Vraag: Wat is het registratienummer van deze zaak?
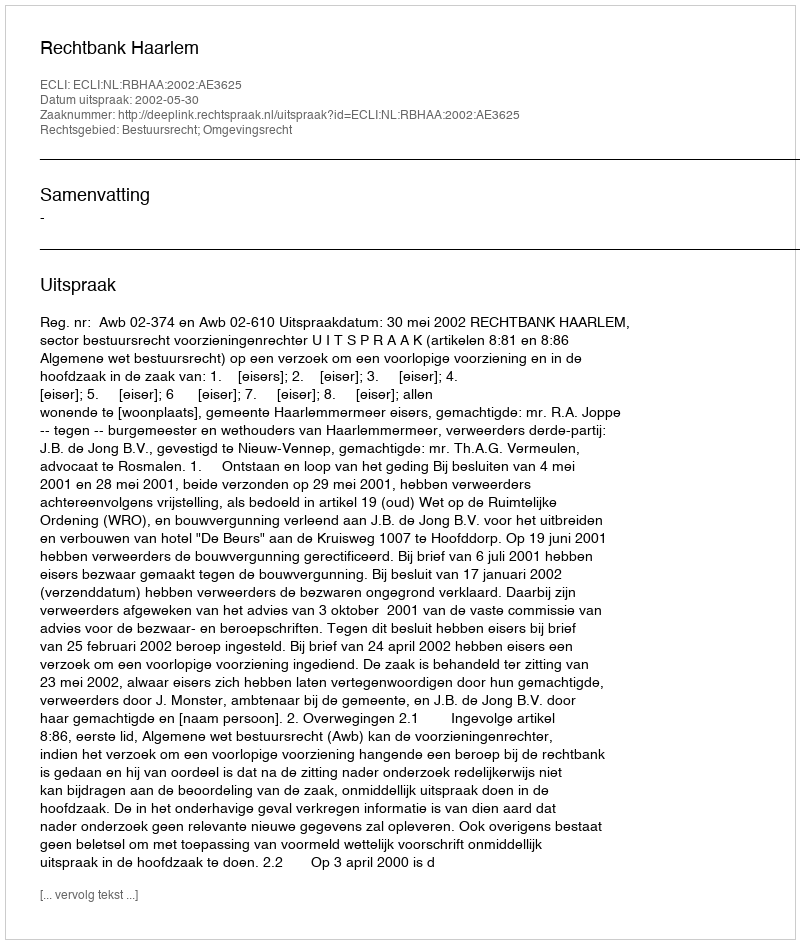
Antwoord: http://deeplink.rechtspraak.nl/uitspraak?id=ECLI:NL:RBHAA:2002:AE3625